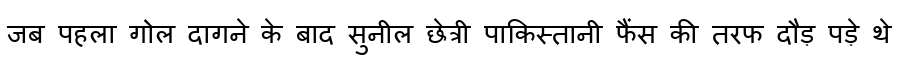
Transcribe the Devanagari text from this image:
जब पहला गोल दागने के बाद सुनील छेत्री पाकिस्तानी फैंस की तरफ दौड़ पड़े थे